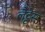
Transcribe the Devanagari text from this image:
लैट्टेस